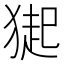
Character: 𤠳